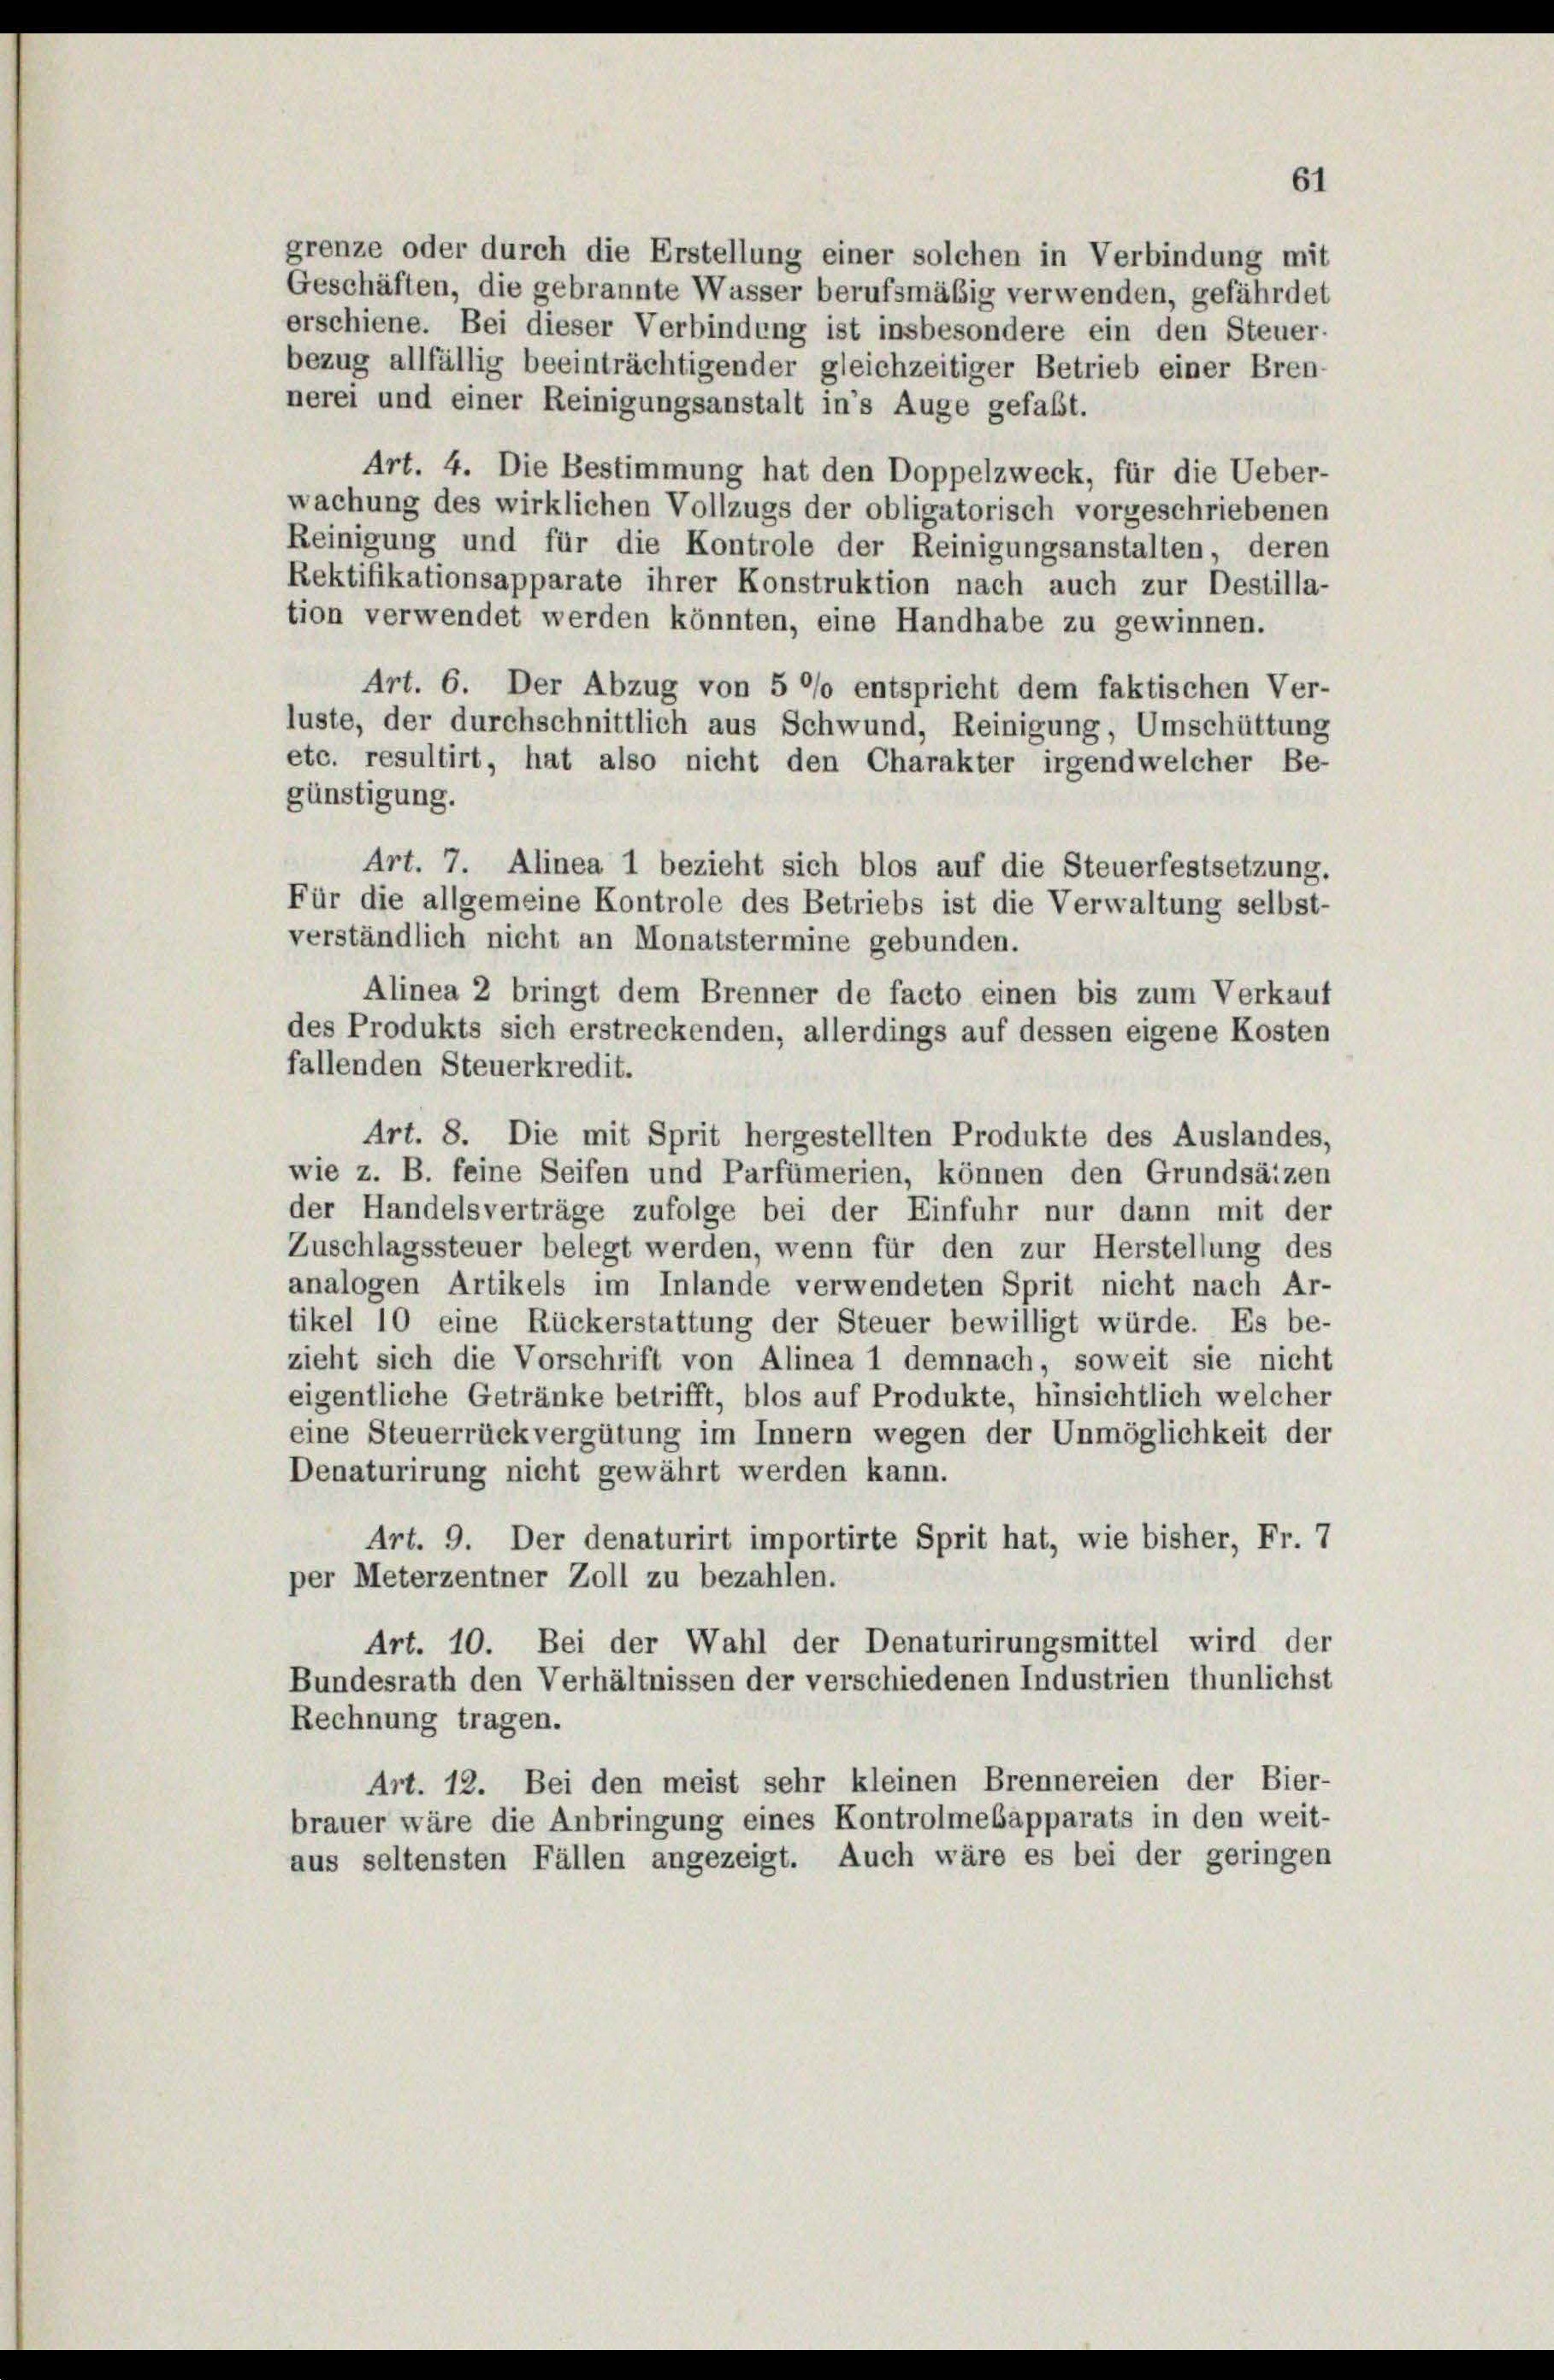
grenze oder durch die Erstellung einer solchen in Verbindung mit
Geschäften, die gebrannte Wasser berufsmäßig verwenden, gefährdet
erschiene. Bei dieser Verbindung ist insbesondere ein den Steuer-
bezug allfällig beeinträchtigender gleichzeitiger Betrieb einer Bren-
nerei und einer Reinigungsanstalt in’s Auge gefaßt.
Art. 4. Die Bestimmung hat den Doppelzweck, für die Ueber-
wachung des wirklichen Vollzugs der obligatorisch vorgeschriebenen
Reinigung und für die Kontrole der Reinigungsanstalten, deren
Rektifikationsapparate ihrer Konstruktion nach auch zur Destilla-
tion verwendet werden könnten, eine Handhabe zu gewinnen.
Art. 6. Der Abzug von 5 °/o entspricht dem faktischen Ver-
luste, der durchschnittlich aus Schwund, Reinigung, Umschüttung
etc. resultirt, hat also nicht den Charakter irgendwelcher Be-
günstigung.
Art. 7. Alinea 1 bezieht sich blos auf die Steuerfestsetzung.
Für die allgemeine Kontrole des Betriebs ist die Verwaltung selbst-
verständlich nicht an Monatstermine gebunden.
Alinea 2 bringt dem Brenner de facto einen bis zum Verkauf
des Produkts sich erstreckenden, allerdings auf dessen eigene Kosten
fallenden Steuerkredit.
Art. 8. Die mit Sprit hergestellten Produkte des Auslandes,
wie z. B. feine Seifen und Parfümerien, können den Grundsätzen
der Handelsverträge zufolge bei der Einfuhr nur dann mit der
Zuschlagssteuer belegt werden, wenn für den zur Herstellung des
analogen Artikels im Inlande verwendeten Sprit nicht nach Ar-
tikel 10 eine Rückerstattung der Steuer bewilligt würde. Es be-
zieht sich die Vorschrift von Alinea 1 demnach, soweit sie nicht
eigentliche Getränke betrifft, blos auf Produkte, hinsichtlich welcher
eine Steuerrückvergütung im Innern wegen der Unmöglichkeit der
Denaturirung nicht gewährt werden kann.
Art. 9. Der denaturirt importirte Sprit hat, wie bisher, Fr. 7
per Meterzentner Zoll zu bezahlen.
Art. 10. Bei der Wahl der Denaturirungsmittel wird der
Bundesrath den Verhältnissen der verschiedenen Industrien thunlichst
Rechnung tragen.
Art. 12. Bei den meist sehr kleinen Brennereien der Bier-
brauer wäre die Anbringung eines Kontrolmebapparats in den weit-
aus seltensten Fällen angezeigt. Auch wäre es bei der geringen

61